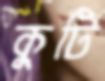
কুটি